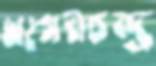
খগেনচন্দ্র